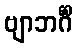
ဗျာဘင်္ဂိံ